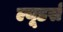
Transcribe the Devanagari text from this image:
ल्यूडर्स